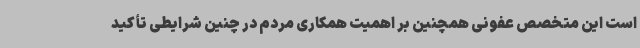
است این متخصص عفونی همچنین بر اهمیت همکاری مردم در چنین شرایطی تأکید